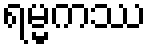
ရမ္မကဿ